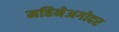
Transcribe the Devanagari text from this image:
महिनेअगोदर